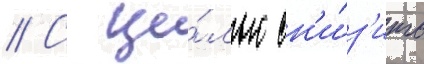
// С це́лью сн'и́з'ить